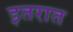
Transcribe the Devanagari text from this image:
इतरात